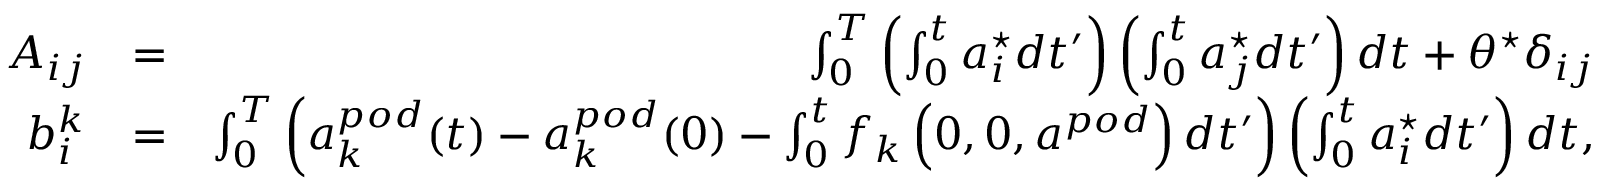
\begin{array} { r l r } { A _ { i j } } & { = } & { \int _ { 0 } ^ { T } \left( \int _ { 0 } ^ { t } a _ { i } ^ { \star } d t ^ { \prime } \right) \left( \int _ { 0 } ^ { t } a _ { j } ^ { \star } d t ^ { \prime } \right) d t + \theta ^ { \star } \delta _ { i j } } \\ { b _ { i } ^ { k } } & { = } & { \int _ { 0 } ^ { T } \left( a _ { k } ^ { p o d } ( t ) - a _ { k } ^ { p o d } ( 0 ) - \int _ { 0 } ^ { t } f _ { k } \left( 0 , 0 , a ^ { p o d } \right) d t ^ { \prime } \right) \left( \int _ { 0 } ^ { t } a _ { i } ^ { \star } d t ^ { \prime } \right) d t , } \end{array}